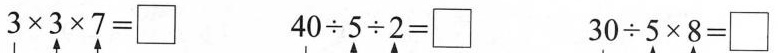
$$3 \times 3 \times 7 = \Box$$ $$4 0 \div 5 \div 2 = \Box$$ $$3 0 \div 5 × 8 = \Box$$